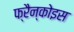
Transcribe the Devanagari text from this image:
फ्रैन्कोइस